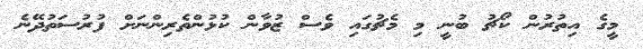
މީގެ އިތުރުން ކޯޗު ބުނީ މި މެޗުގައި ވެސް ޒުވާން ކުޅުންތެރިންނަށް ފުރުސަތުދޭނެ